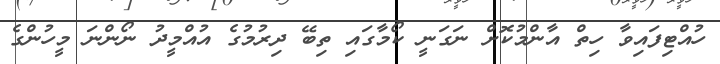
ހުއްޓިފައިވާ ހިތް އާންމުކޮށް ނަގަނީ ކޯމާގައި ތިބޭ ދިރުމުގެ އުއްމީދު ނޯންނަ މީހުންގެ